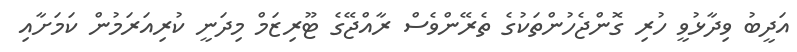
އަދީބު ވިދާޅުވީ ހުރި ގޮންޖެހުންތަކުގެ ތެރޭންވެސް ރާއްޖޭގެ ޓޫރިޒަމް މިދަނީ ކުރިއަރަމުން ކަމަށާއި